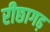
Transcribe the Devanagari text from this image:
रीछागढ़